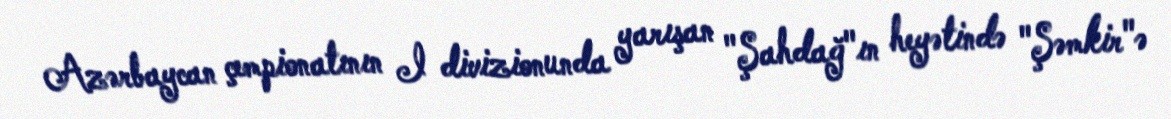
Azərbaycan çempionatının I divizionunda yarışan "Şahdağ"ın heyətində "Şəmkir"ə